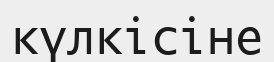
күлкісіне